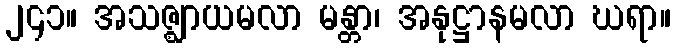
၂၄၁။ အသဇ္ဈာယမလာ မန္တာ၊ အနုဋ္ဌာနမလာ ဃရာ။